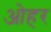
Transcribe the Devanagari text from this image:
ओहर